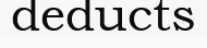
deducts